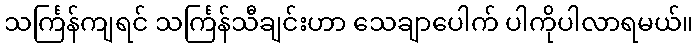
သင်္ကြန်ကျရင် သင်္ကြန်သီချင်းဟာ သေချာပေါက် ပါကိုပါလာရမယ်။